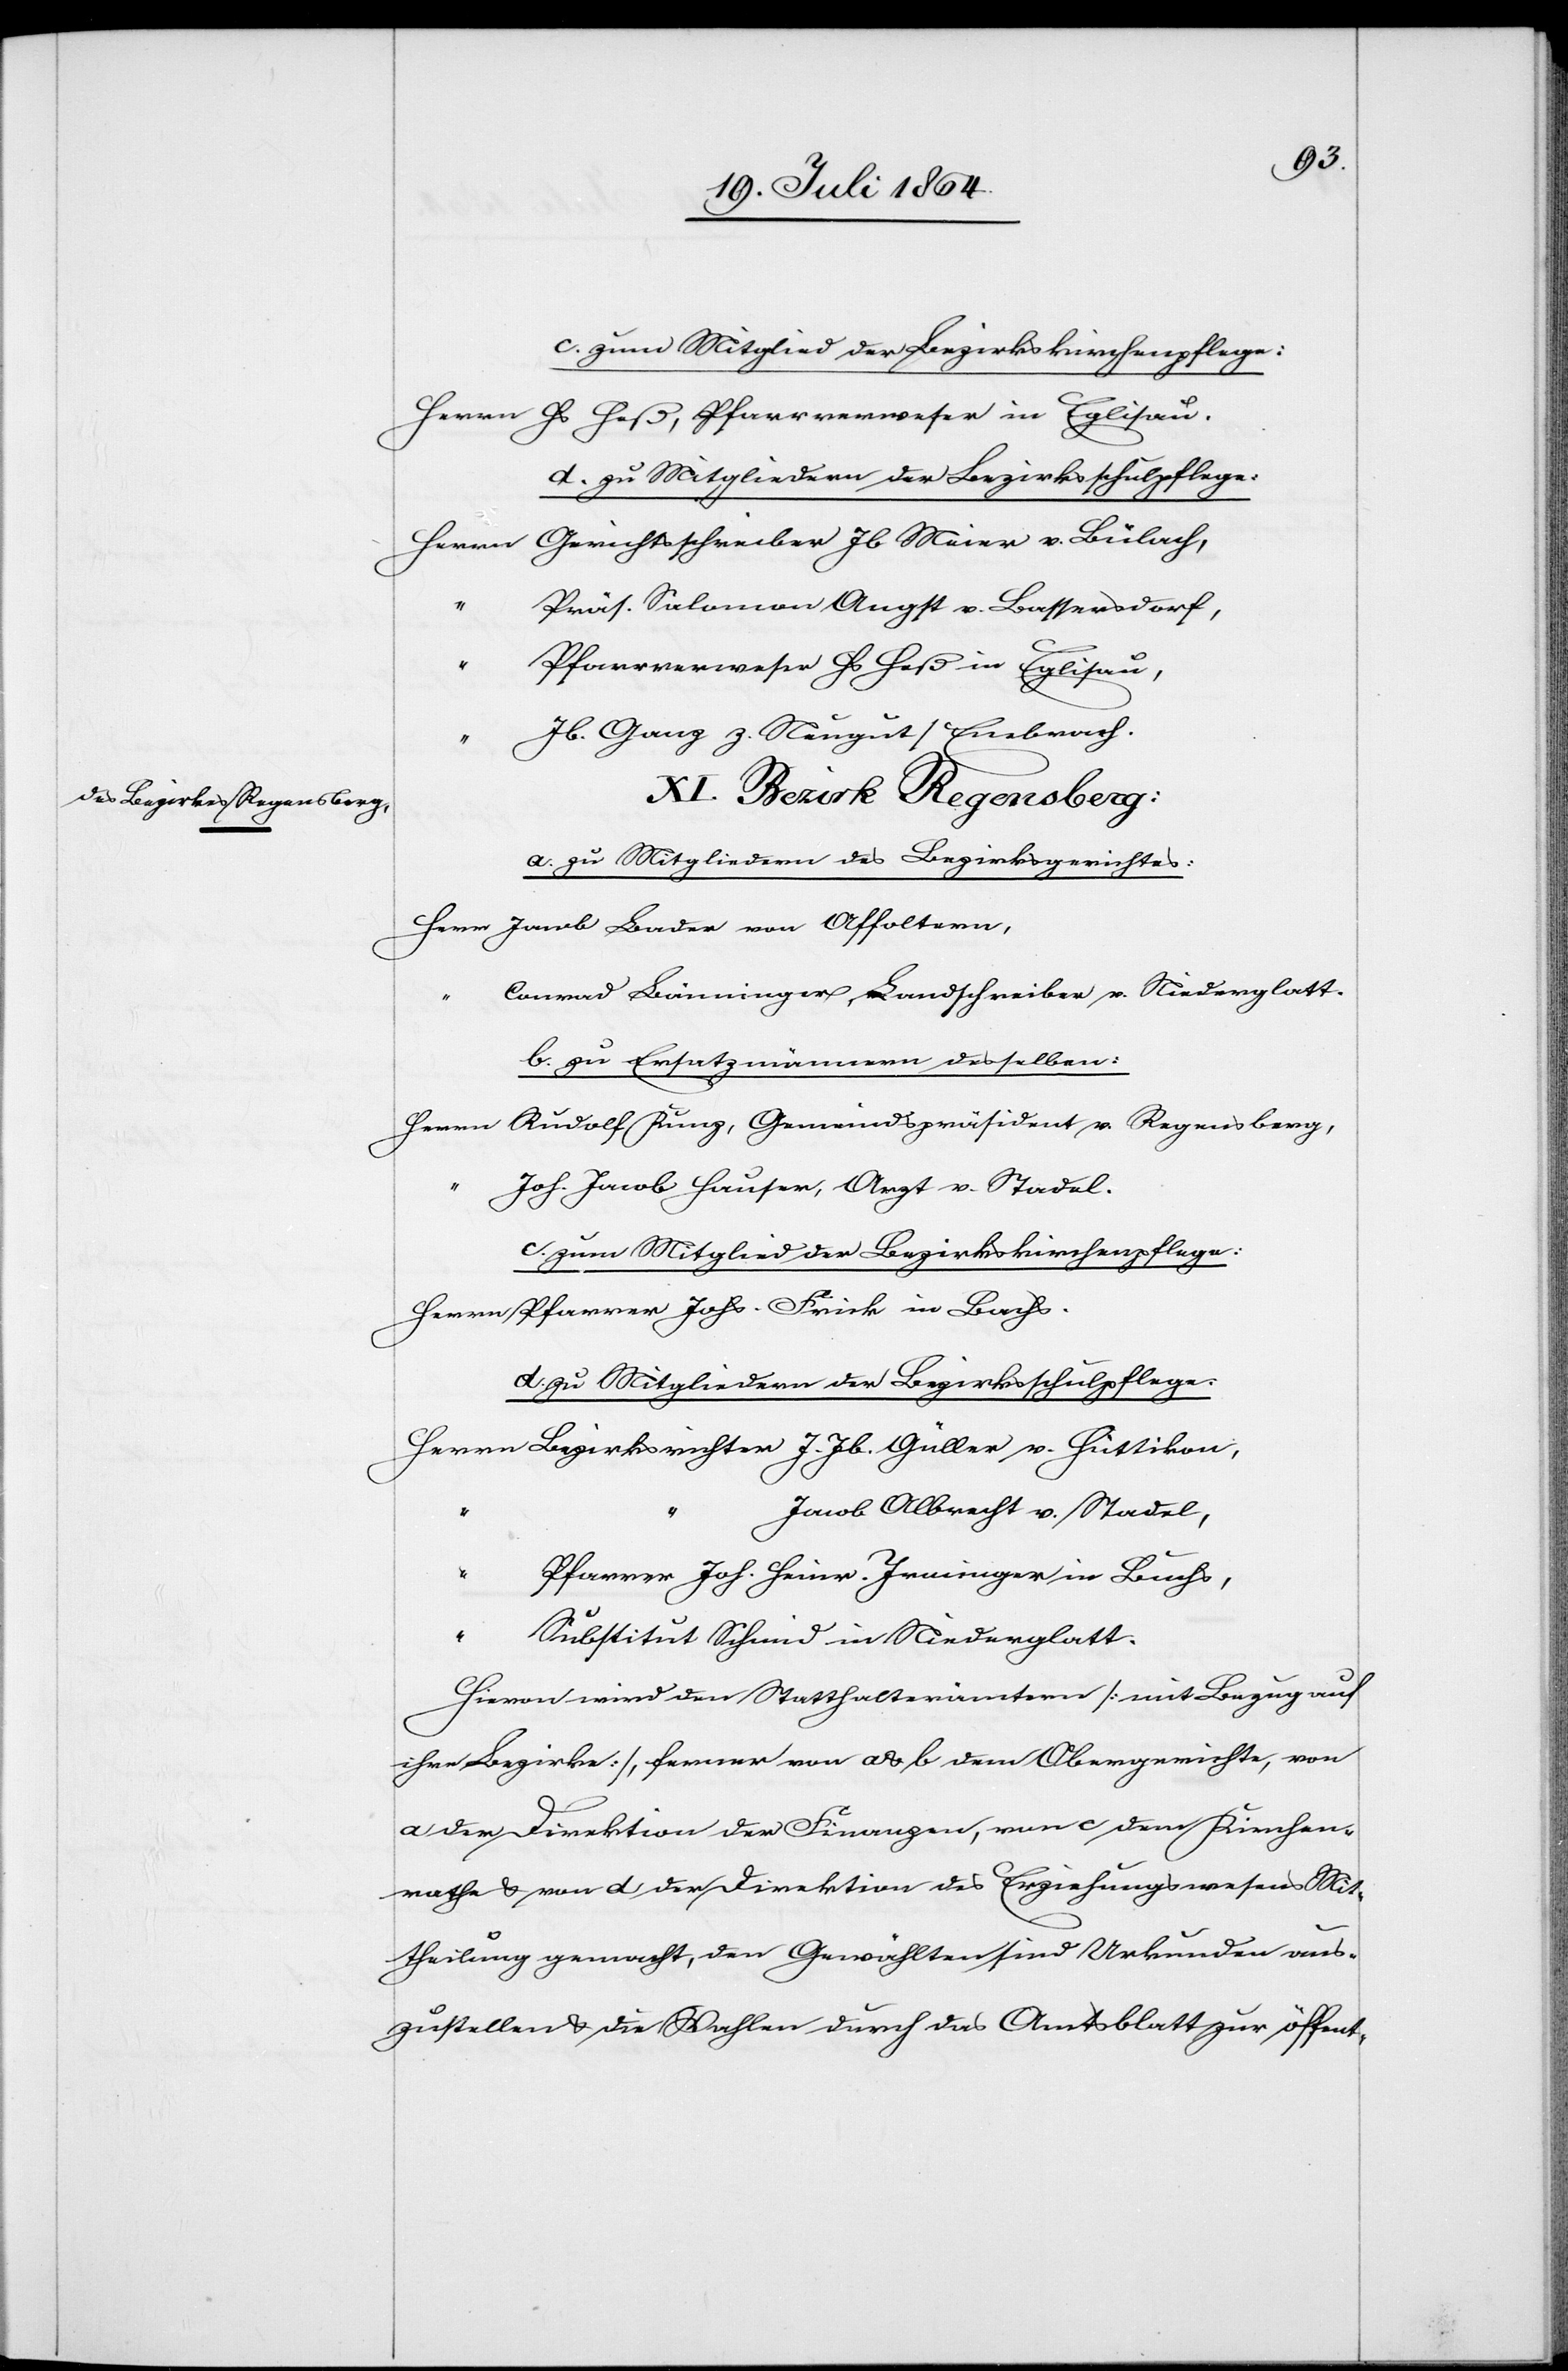
c. zum Mitglied der Bezirkskirchenpflege:
Herrn	Hs Heß, Pfarrverweser in Eglisau.
d. zu Mitgliedern der Bezirksschulpflege:
n	Gerichtsschreiber Jb Meier v. Bülach,
[Herr¬
n]	Präs. Salomon Augst v. Bassersdorf,
“		Pfarrverweser Hs Heß in Eglisau,
“		Jb. Ganz z. Neugut/Embrach.
XI. Bezirk Regensberg:
a. zu Mitgliedern des Bezirksgerichtes:
Herrn	Jacob Bader von Affoltern,
“		Conrad Bänninger, Landschreiber v. Niederglatt.
b. zu Ersatzmännern desselben:
Herrn	Rudolf Kunz, Gemeindspräsident v. Regensberg,
“		Joh. Jacob Hauser, Arzt v. Stadel.
c. zum Mitglied der Bezirkskirchenpflege:
Herrn	Pfarrer Johs. Frick in Bachs.
d. zu Mitgliedern der Bezirksschulpflege:
Herrn	Bezirksrichter J. Jb. Güller v. Hüttikon,
Jacob Albrecht v. Stadel,
farrer Joh. Heinr. Irminger in Bachs,
“		Substitut Schmid in Niederglatt.
Hievon wird den Statthalterämtern [mit Bezug auf
ihre Bezirke], ferner von a & b dem Obergerichte, von
a der Direktion der Finanzen, von c dem Kirchen¬
rathe u. von d der Direktion des Erziehungswesens Mit¬
theilung gemacht, den Gewählten sind Urkunden aus¬
zustellen u. die Wahlen durch das Amtsblatt zur öffent-

“		P¬